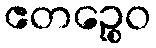
ဧတဉ္စေဝ